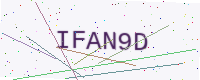
Text: IFAN9D